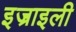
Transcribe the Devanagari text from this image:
इज़्राइली